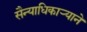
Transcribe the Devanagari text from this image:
सैन्याधिकार्‍याने